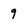
Character: 9